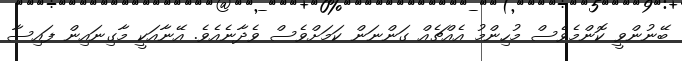
ބޭނުންވީ ކޮންމެވެސް މުހިންމު އެއްޗެއް ގަންނަން ކަމަށްވެސް ވެދާނެއެވެ. އޭނާއަކީ މާގިނައިން ފައިސާ